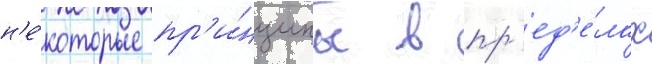
н'е́которые пр'и́нципы в пр'ед'е́лах